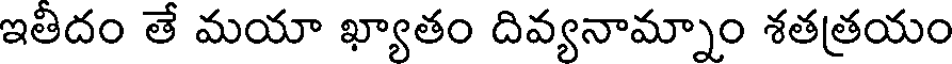
ఇతిదం తే మయా ఖ్యాతం దివ్యనామ్నాం శతత్రయం